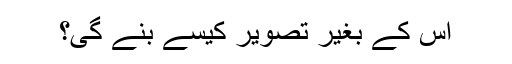
اس کے بغیر تصویر کیسے بنے گی؟